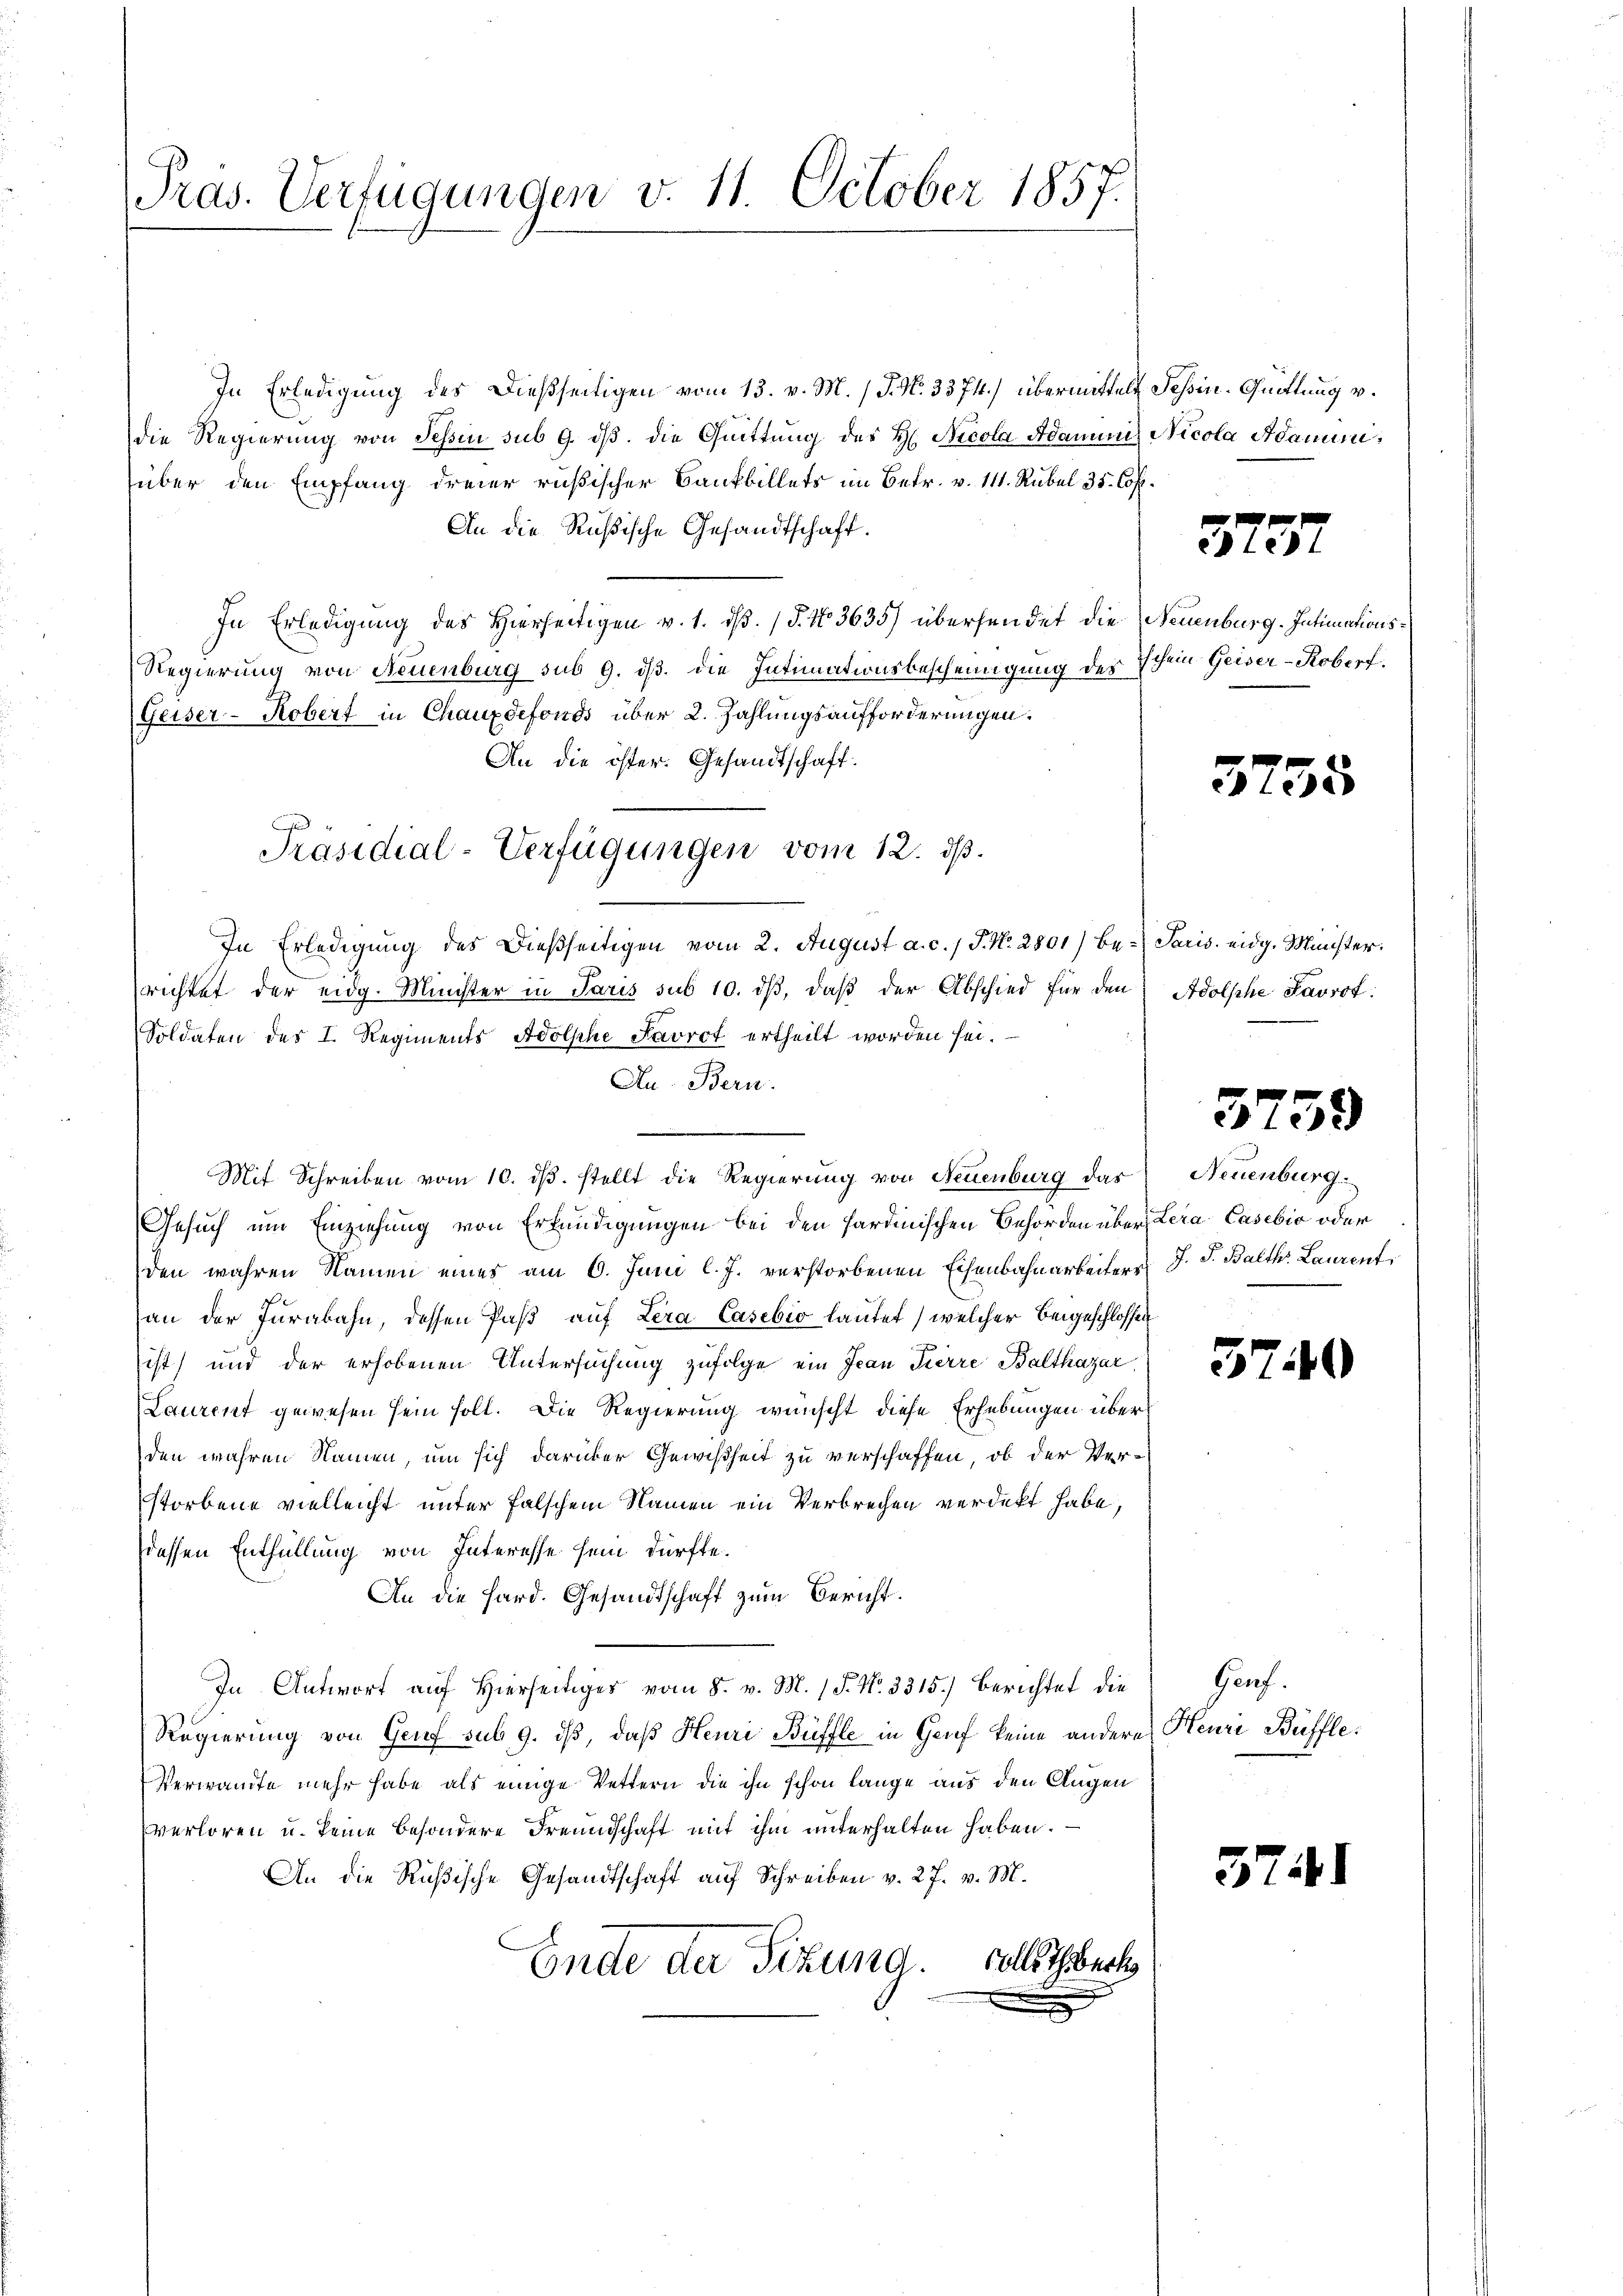
Pras. Verfügungen v. 11. October 1857.

In Erledigung des Dießseitigen vom 13. v. M. J. N. 3374.) übermittelt Feßin-Quittung v.
die Regierung von Tessin sub 9. dß. die Quittung des H. Nicola Adamen Nicola Adaminiüber den Empfang dreier rüßischer Bankbillets im Betr. v. 111. Rubel 35. Cop.
An die Rußische Gesandtschaft.
In Erledigung des Hierseitigen v. 1. ds. (§. No. 3635) übersendet die Neuenburg. Intimations¬
Regierung von Neuenburg sub 9. ds. die Intimationsbescheinigung der Schein Geiser-Roberf
Geiser-Kobert in Chauxdefonds über 2. Zahlungsaufforderungen.
An die öster. Gesandtschaft.
In Erledigung des Dießseitigen vom 2. August a. c., S. N. 2801) be-Paris eidg. Minister.
richtet der eidg. Minister in Paris sub 10. dß, daß der Abschied für den
Soldaten des I. Regiments Adolphe Favrot ertheilt worden sei.
Au. Bern.

Mit Schreiben vom 10. dβ. stellt die Regierung von Neuenburg das Neuenburg
Gesuch um Einziehung von Erkundigungen bei den Sardinischen Behörden über Lera, Casebio oder
den wahren Namen eines am 6. Juni l. J. verstorbenen Eisenbahnarbeiters J. J. Balth. Laurent
an der Jurabahn, dessen Paß auf Lera Casebio lautet, welcher beigeschlossen
ist) und der erhobenen Untersuchung zufolge ein Jean Tierre Balthazar
Laurent gewesen sein soll. Die Regierung wünscht diese Erhebungen über
den wahren Namen, um sich darüber Gewißheit zu verschaffen, ob der Verstorbene vielleicht unter falschem Namen ein Verbrechen verdekt habe,
dessen Entfüllung von Interesse sein dürfte.
An die Hard. Gesandtschaft zum Bericht.
In Antwort auf Hierseitiges vom 8. v. M. (T. No. 3315.) Berichtet die
Regierung von Genf sub 9. ds, daß Heuri Büffle in Genf keine andere Henri Büffle¬
Verwandte mehr habe als einige Vettern die ihn schon lange aus den Augen
verloren u. keine besondere Freundschaft mit ihm unterhalten haben.
An die Rußische Gesandtschaft aŭf Schreiben v. 27. v. M.
solle Theberk
Ende der Fizung.

Präsidial-Verfügungen vom 12. ds.

373.

37

5

Adolphe Favrot.

3759

5740

Gauf.

574